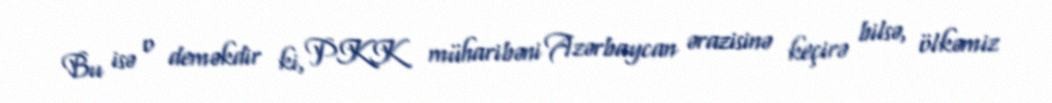
Bu isə o deməkdir ki, PKK müharibəni Azərbaycan ərazisinə keçirə bilsə, ölkəmiz